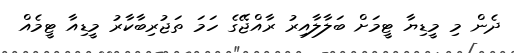
ދެން މި މީޑިޔާ ޓީމަށް ބަލާލާއިރު ރާއްޖޭގެ ހަމަ ތަޖުރިބާކާރު މީޑިއާ ޓީމެއް